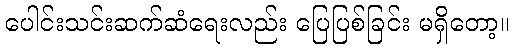
ပေါင်းသင်းဆက်ဆံရေးလည်း ပြေပြစ်ခြင်း မရှိတော့။